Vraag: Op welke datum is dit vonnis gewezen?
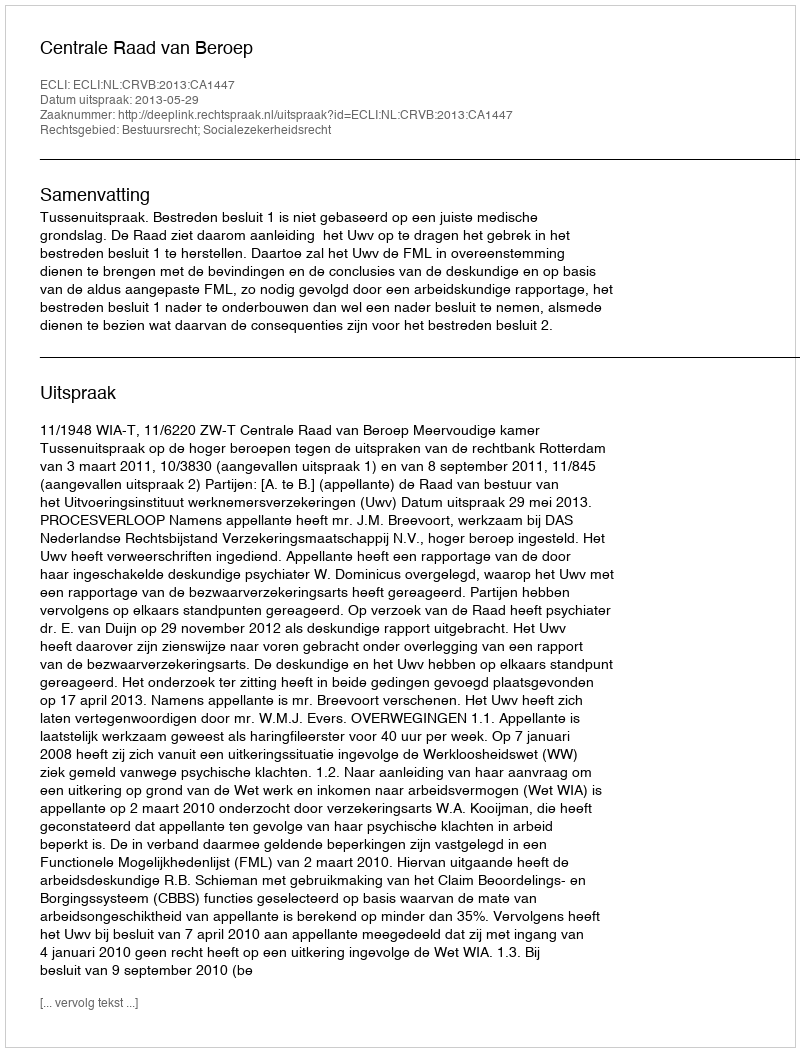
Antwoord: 2013-05-29